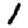
Digit: 1